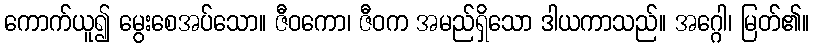
ကောက်ယူ၍ မွေးစေအပ်သော။ ဇီဝကော၊ ဇီဝက အမည်ရှိသော ဒါယကာသည်။ အဂ္ဂေါ၊ မြတ်၏။